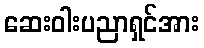
ဆေးဝါးပညာရှင်အား